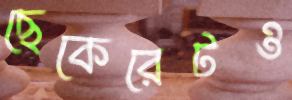
ছেকেরেটও